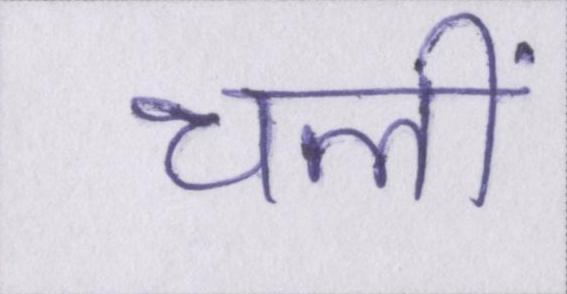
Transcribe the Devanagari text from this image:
चलीं